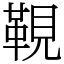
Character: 䩤